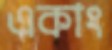
একাং